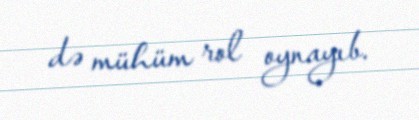
də mühüm rol oynayıb.